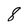
Character: 8